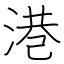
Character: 港